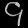
Digit: ၄